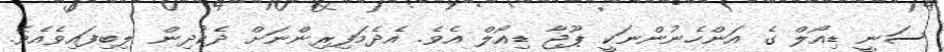
ސަނީ ޑިއޯލް ގެ އަންހެނުންނަކީ ޕޫޖާ ޑިއޯލް އެވެ. އެދެމަފިރިންނަށް ދެކުދިން ލިބިފައިވެއެވެ.